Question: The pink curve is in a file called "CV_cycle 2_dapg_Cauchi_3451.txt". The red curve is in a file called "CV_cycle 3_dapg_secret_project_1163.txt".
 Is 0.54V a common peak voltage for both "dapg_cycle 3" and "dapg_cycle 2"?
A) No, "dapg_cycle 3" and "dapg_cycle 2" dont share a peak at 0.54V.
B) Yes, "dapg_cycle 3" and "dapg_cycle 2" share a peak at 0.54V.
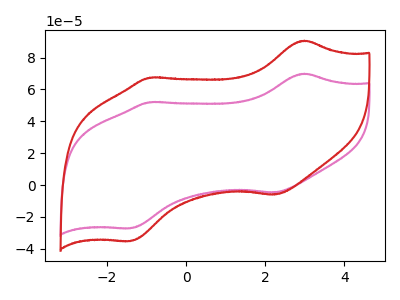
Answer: <think>The pink curve "dapg_cycle 2" has anodic peaks at (3.00V, 69.90uA) (-0.90V, 52.05uA) and cathodic peaks at (2.25V, -4.65uA) (-1.40V, -27.15uA). The red curve "dapg_cycle 3" has anodic peaks at (3.00V, 90.65uA) (-0.90V, 67.50uA) and cathodic peaks at (2.25V, -6.00uA) (-1.40V, -35.20uA).</think>
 <answer>A) No, "dapg_cycle 3" and "dapg_cycle 2" dont share a peak at 0.54V.</answer>
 <eval>A</eval>